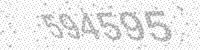
Solution: 594595